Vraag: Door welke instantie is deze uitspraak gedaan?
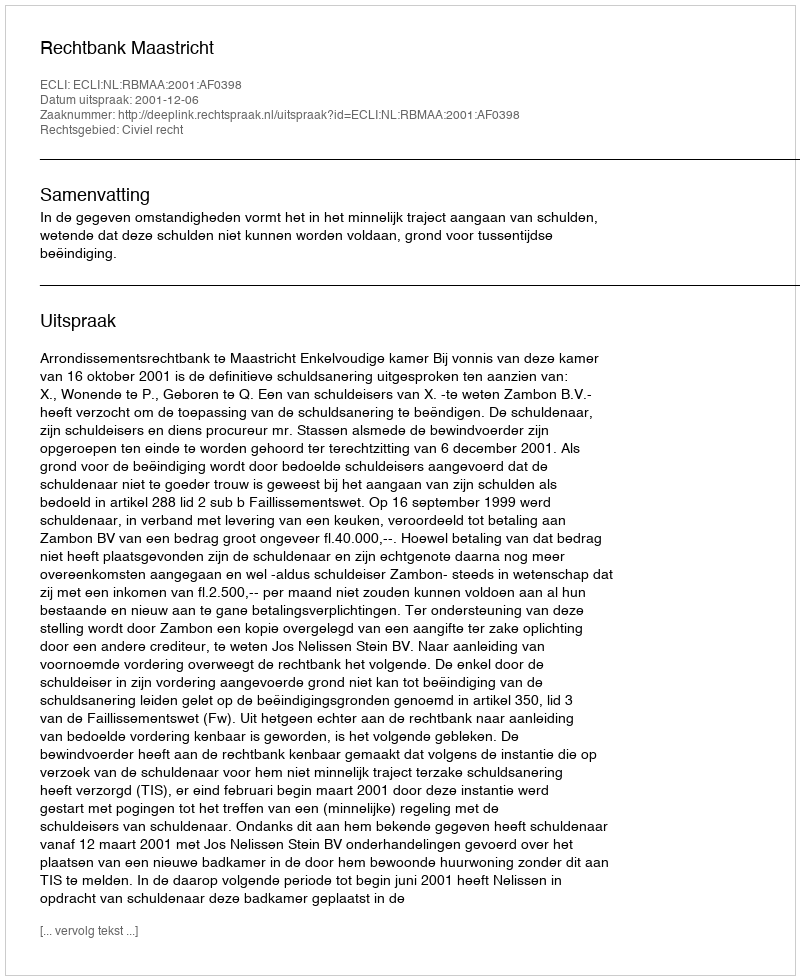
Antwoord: Rechtbank Maastricht